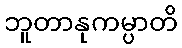
ဘူတာနုကမ္ပာတိ